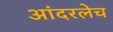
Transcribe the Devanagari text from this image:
आंदरलेच